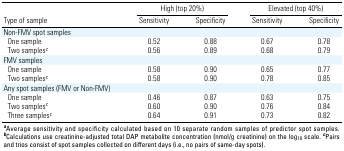
<table><thead><tr><td rowspan="2"><b>Type of sample</b></td><td colspan="3"><b>High (top 20%)</b></td><td colspan="3"><b>Elevated (top 40%)</b></td></tr><tr><td><b>Sensitivity</b></td><td><b>Specificity</b></td><td><b>Sensitivity</b></td><td><b>Specificity</b></td></tr></thead><tbody><tr><td>Non-FMV spot samples</td></tr><tr><td>One sample</td><td>0.52</td><td>0.88</td><td>0.67</td><td>0.78</td></tr><tr><td>Two samplesc</td><td>0.56</td><td>0.89</td><td>0.68</td><td>0.79</td></tr><tr><td>FMV samples</td></tr><tr><td>One sample</td><td>0.58</td><td>0.90</td><td>0.65</td><td>0.77</td></tr><tr><td>Two samplesc</td><td>0.58</td><td>0.90</td><td>0.78</td><td>0.85</td></tr><tr><td>Any spot samples (FMV or Non-FMV)</td></tr><tr><td>One sample</td><td>0.46</td><td>0.87</td><td>0.63</td><td>0.75</td></tr><tr><td>Two samplesc</td><td>0.60</td><td>0.90</td><td>0.76</td><td>0.84</td></tr><tr><td>Three samplesc</td><td>0.64</td><td>0.91</td><td>0.73</td><td>0.82</td></tr><tr><td colspan="9">aAverage sensitivity and specificity calculated based on 10separate random samples of predictor spot samples. bCalculations usecreatinine-adjusted total DAP metabolite concentration (nmol/gcreatinine) on the log10 scale. cPairs and trios consist of spot samplescollected on different days (i.e., no pairs of same-day spots).</td></tr></tbody></table>